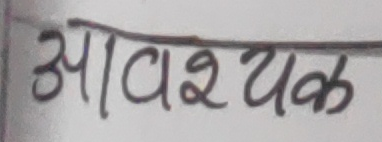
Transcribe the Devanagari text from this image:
आवश्यक